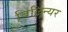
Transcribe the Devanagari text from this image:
बिल्लिन्यर